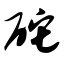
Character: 砣